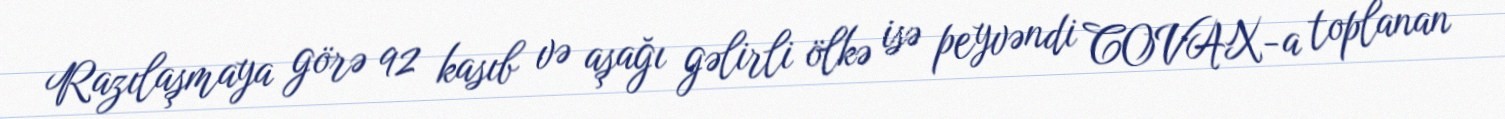
Razılaşmaya görə 92 kasıb və aşağı gəlirli ölkə isə peyvəndi COVAX-a toplanan